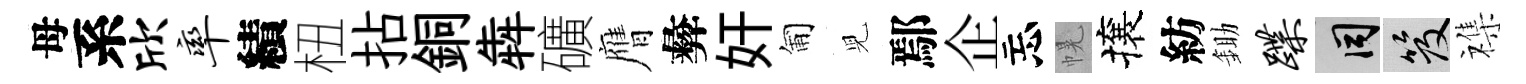
母系欣率績杻拈銅犇礦膺彜奸匍児鄢企忘幌攘紡鋤蹀间笈襍